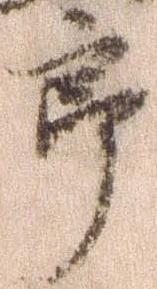
郎